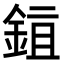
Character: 𬫖